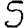
Digit: 5